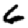
Digit: 6